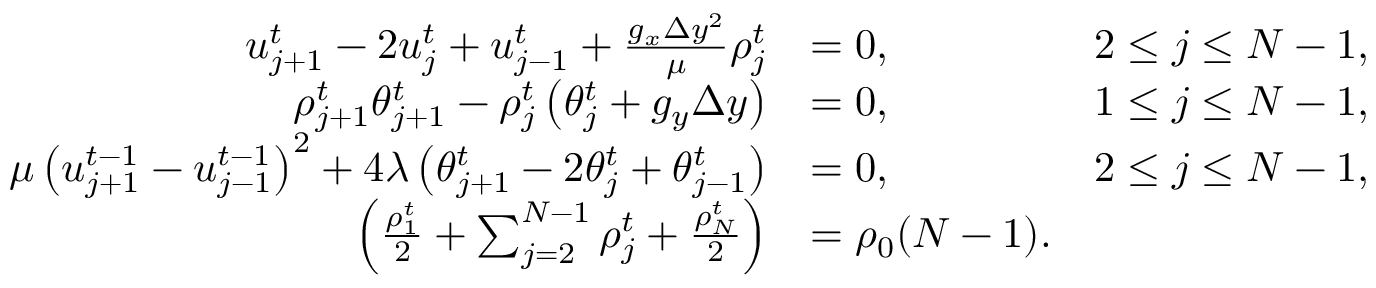
\begin{array} { r l r } { u _ { j + 1 } ^ { t } - 2 u _ { j } ^ { t } + u _ { j - 1 } ^ { t } + \frac { g _ { x } \Delta y ^ { 2 } } { \mu } \rho _ { j } ^ { t } } & { = 0 , \quad } & { 2 \leq j \leq N - 1 , } \\ { \rho _ { j + 1 } ^ { t } \theta _ { j + 1 } ^ { t } - \rho _ { j } ^ { t } \left( \theta _ { j } ^ { t } + g _ { y } \Delta y \right) } & { = 0 , \quad } & { 1 \leq j \leq N - 1 , } \\ { \mu \left( u _ { j + 1 } ^ { t - 1 } - u _ { j - 1 } ^ { t - 1 } \right) ^ { 2 } + 4 \lambda \left( \theta _ { j + 1 } ^ { t } - 2 \theta _ { j } ^ { t } + \theta _ { j - 1 } ^ { t } \right) } & { = 0 , \quad } & { 2 \leq j \leq N - 1 , } \\ { \left( \frac { \rho _ { 1 } ^ { t } } { 2 } + \sum _ { j = 2 } ^ { N - 1 } \rho _ { j } ^ { t } + \frac { \rho _ { N } ^ { t } } { 2 } \right) } & { = \rho _ { 0 } ( N - 1 ) . } \end{array}